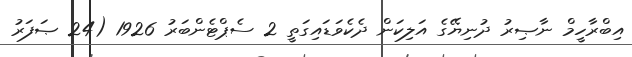
އިބްރާހީމް ނާޞިރު ދުނިޔޭގެ އަލިކަން ދެކެވަޑައިގަތީ 2 ސެޕްޓެންބަރު 1926 (24 ޞަފަރު